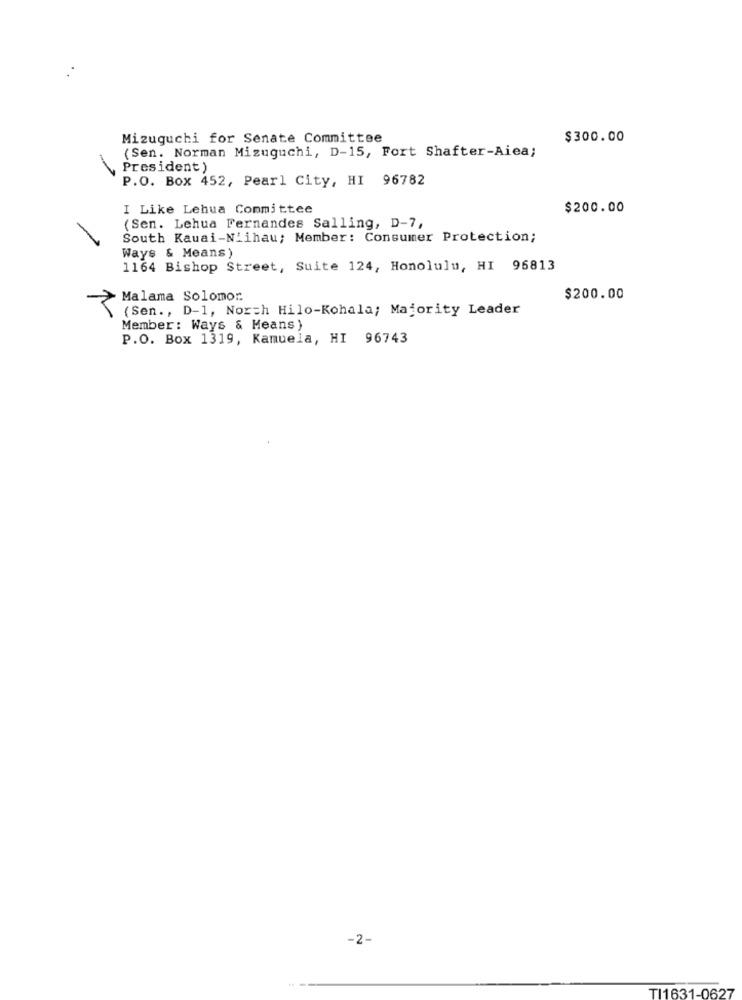
Mizuguchi for Senate Committee
$300.00
(Sen. Norman Mizuguchi, D-15, Fort Shafter-Aiea;
President )
-
P.O. Box 452, Pearl City, HI 96782
I Like Lehua Committee
$200.00
(Sen. Lehua Fernandes Salling, D-7,
South Kauai-Niihau; Member: Consumer Protection;
Ways & Means)
1164 Bishop Street, Suite 124, Honolulu, HI 96813
Malama Solomor.
$200.00
(Sen ., D-1, North Hilo-Kohala; Majority Leader
Member: Ways & Means)
P.O. Box 1319, Kamuela, HI 96743
-2-
TI1631-0627